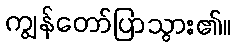
ကျွန်တော်ပြာသွား၏။